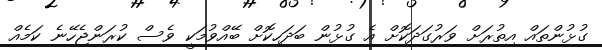
ގުޅުންތައް އިތުރަށް ވަރުގަދަކޮށް އެ ގުޅުން ބަދަހިކޮށް ބޭއްވުމަކީ ވެސް ކުރަންޖެހޭނެ ކަމެއް